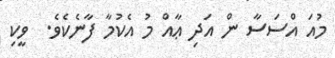
މުއަ އްސަސާ ން އަދި ޢާއް މު އެކުމާ ފާނެކެވެ.  ވީކި